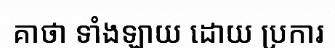
គាថា ទាំងឡាយ ដោយ ប្រការ